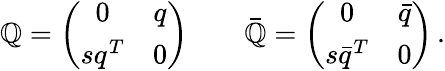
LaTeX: \mathbb{Q}=\left(\begin{array}{cc}{{0}}&{{q}}\\ {{sq^{T}}}&{{0}}\end{array}\right)\qquad\bar{{\mathbb{Q}}}=\left(\begin{array}{cc}{{0}}&{{\bar{q}}}\\ {{s\bar{q}^{T}}}&{{0}}\end{array}\right)\, .